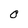
Character: 0